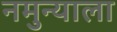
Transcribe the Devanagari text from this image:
नमुन्याला